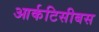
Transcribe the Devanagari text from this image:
आर्कटिसीबस